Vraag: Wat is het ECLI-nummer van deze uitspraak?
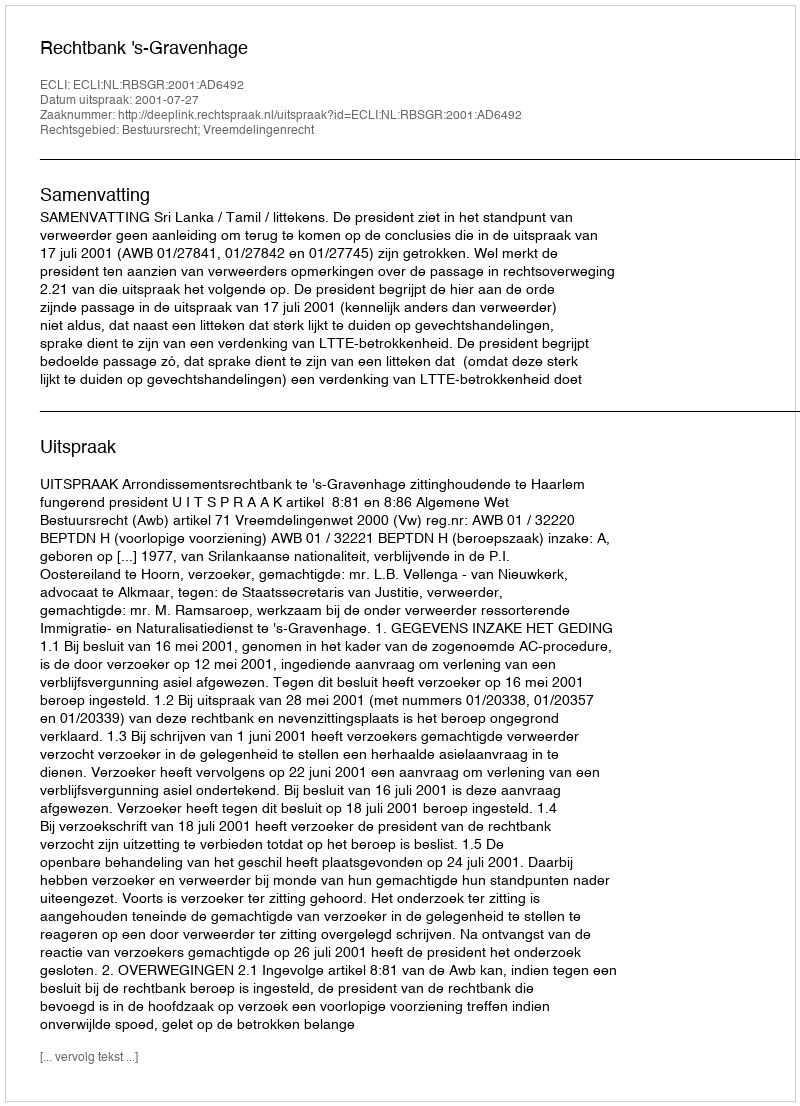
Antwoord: ECLI:NL:RBSGR:2001:AD6492